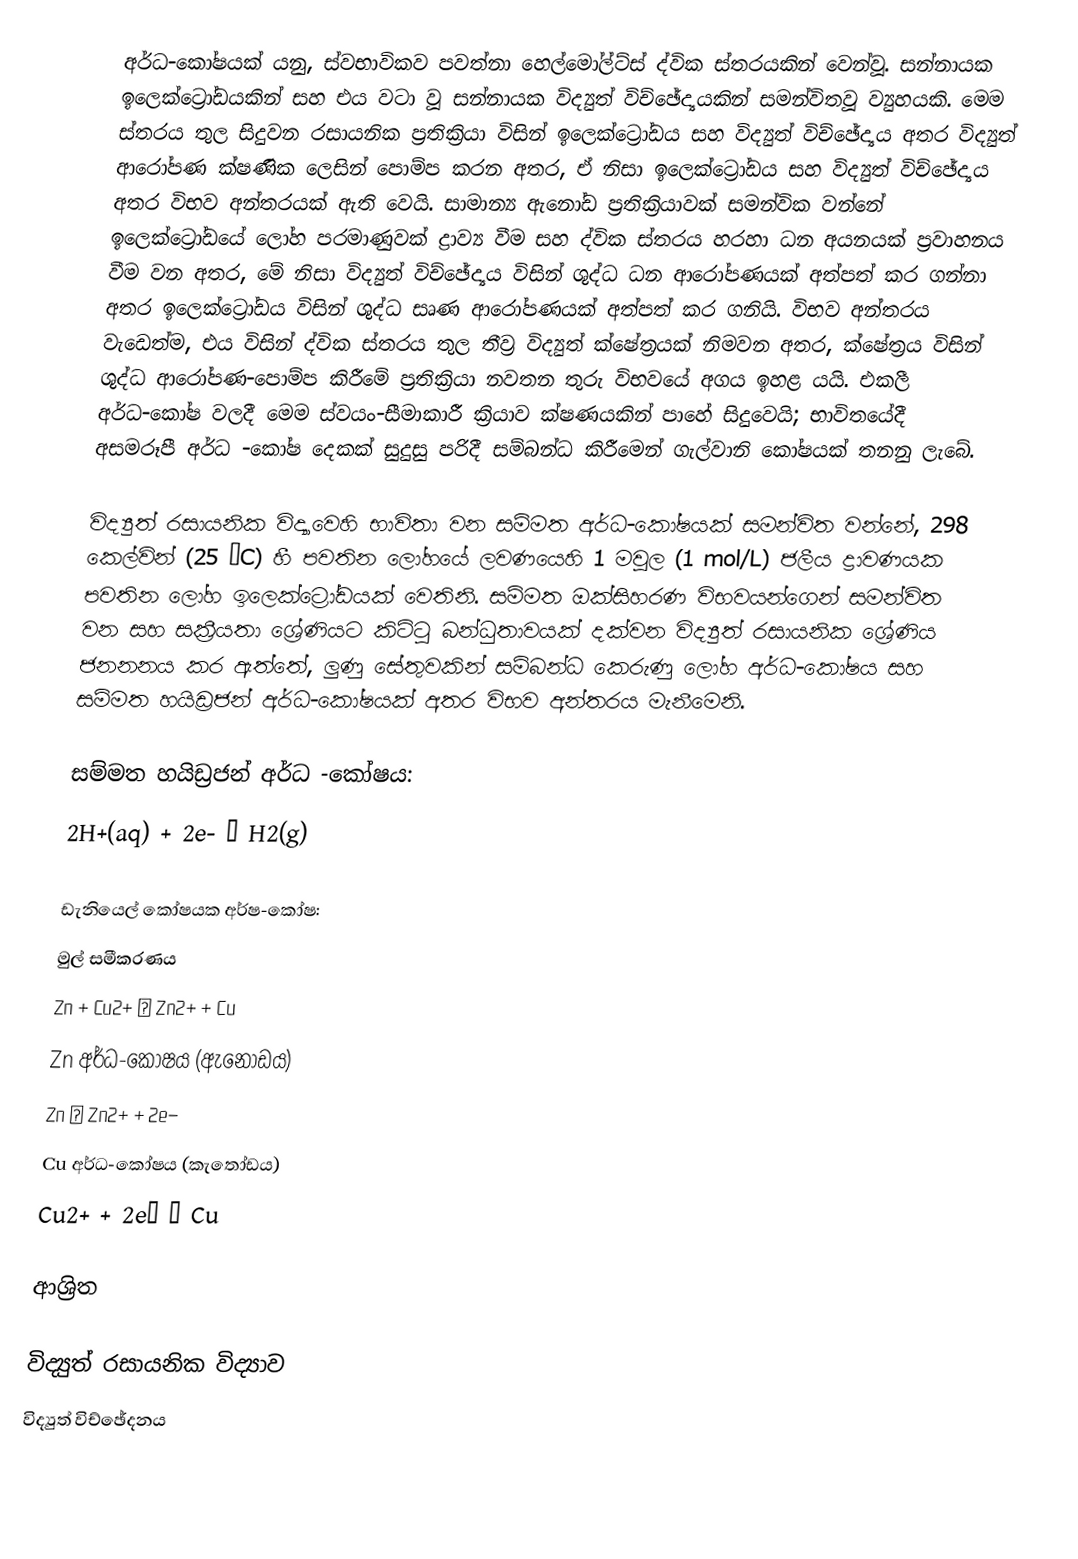
අර්ධ-කෝෂයක් යනු,  ස්වභාවිකව පවත්නා  හෙල්මෝල්ට්ස් ද්වික ස්තරයකින් වෙන්වූ. සන්නායක  ඉලෙක්ට්‍රෝඩයකින් සහ එය වටා වූ  සන්නායක  විද්‍යුත් විච්ඡේද්‍යයකින් සමන්විතවූ ව්‍යුහයකි. මෙම ස්තරය තුල සිදුවන රසායනික ප්‍රතික්‍රියා විසින් ඉලෙක්ට්‍රෝඩය සහ විද්‍යුත් විච්ඡේද්‍යය අතර  විද්‍යුත් ආරෝපණ ක්ෂණික ලෙසින් පොම්ප කරන අතර,  ඒ නිසා  ඉලෙක්ට්‍රෝඩය සහ විද්‍යුත් විච්ඡේද්‍යය අතර  විභව අන්තරයක් ඇති වෙයි. සාමාන්‍ය ඇනෝඩ ප්‍රතික්‍රියාවක් සමන්වික වන්නේ ඉලෙක්ට්‍රෝඩයේ ලෝහ පරමාණුවක් ද්‍රාව්‍ය වීම සහ ද්වික ස්තරය හරහා ධන අයනයක් ප්‍රවාහනය වීම වන අතර, මේ නිසා විද්‍යුත් විච්ඡේද්‍යය විසින් ශුද්ධ ධන ආරෝපණයක්  අත්පත් කර ගන්නා අතර ඉලෙක්ට්‍රෝඩය විසින් ශුද්ධ සෘණ ආරෝපණයක් අත්පත් කර ගනියි. විභව අන්තරය වැඩෙත්ම, එය විසින් ද්වික ස්තරය තුල තීව්‍ර  විද්‍යුත් ක්ෂේත්‍රයක් නිමවන අතර, ක්ෂේත්‍රය විසින් ශුද්ධ ආරෝපණ-පොම්ප කිරීමේ ප්‍රතික්‍රියා නවතන තුරු  විභවයේ අගය ඉහළ යයි. එකලී අර්ධ-කෝෂ වලදී මෙම ස්වයං-සීමාකාරී ක්‍රියාව ක්ෂණයකින් පාහේ සිදුවෙයි; භාවිතයේදී අසමරූපී අර්ධ -කෝෂ දෙකක් සුදුසු පරිදී සම්බන්ධ කිරීමෙන් ගැල්වානි කෝෂයක් තනනු ලැබේ.

විද්‍යුත් රසායනික විද්‍යාවෙහි භාවිතා වන සම්මත අර්ධ-කෝෂයක් සමන්විත වන්නේ, 298 කෙල්වින් (25 °C) හී පවතින ලෝහයේ ලවණයෙහි  1 මවුල (1 mol/L) ජලීය ද්‍රාවණයක පවතින ලෝහ ඉලෙක්ට්‍රෝඩයක් වෙතිනි. සම්මත ඔක්සිහරණ විභවයන්ගෙන් සමන්විත වන සහ සක්‍රීයතා ශ්‍රේණියට කිට්ටු බන්ධුතාවයක් දක්වන විද්‍යුත් රසායනික ශ්‍රේණිය ජනනනය කර ඇත්තේ,  ලුණු සේතුවකින් සම්බන්ධ කෙරුණු ලෝහ අර්ධ-කෝෂය සහ  සම්මත හයිඩ්‍රජන් අර්ධ-කෝෂයක් අතර විභව අන්තරය මැනීමෙනි.

සම්මත හයිඩ්‍රජන් අර්ධ -කෝෂය:
2H+(aq) + 2e- → H2(g)

ඩැනියෙල් කෝෂයක අර්ෂ-කෝෂ:
මුල් සමීකරණය
Zn + Cu2+ → Zn2+ + Cu
 Zn අර්ධ-කෝෂය (ඇනෝඩය)
Zn → Zn2+ + 2e−
 Cu අර්ධ-කෝෂය (කැතෝඩය)
Cu2+ + 2e− → Cu

ආශ්‍රිත

විද්‍යුත් රසායනික විද්‍යාව
විද්‍යුත් විච්ඡේදනය